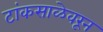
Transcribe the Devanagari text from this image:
टांकसाळेवरून